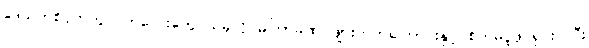
ဒေသတစ်ဝိုက်တွင် ကလေးတွေ ယခုလို မကြာခဏ ဖျားတတ်ကြောင်းနှင့် စိတ်မပူဖို ရှင်းပြပြီး